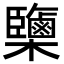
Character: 𣠿